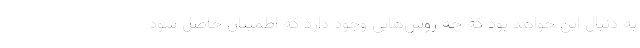
به دنبال این خواهد بود که چه روش‌هایی وجود دارد که اطمینان حاصل شود